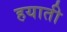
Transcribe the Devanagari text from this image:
हयाती